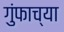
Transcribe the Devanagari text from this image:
गुंफाच्या